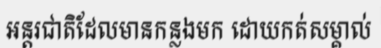
អន្តរជាតិដែលមានកន្លងមក ដោយកត់សម្គាល់